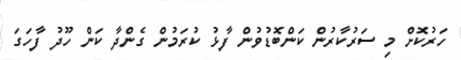
ހަރުކޮށް މި ސަރުކާރުން ކަންބޮޑުވުން ފާޅު ކުރަމުން ގެންދާ ކަން ހޫދު ފާހަގަ